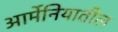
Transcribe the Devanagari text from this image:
आर्मेनियातील